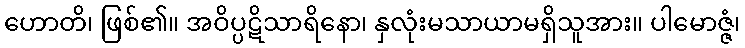
ဟောတိ၊ ဖြစ်၏။ အဝိပ္ပဋိသာရိနော၊ နှလုံးမသာယာမရှိသူအား။ ပါမောဇ္ဇံ၊